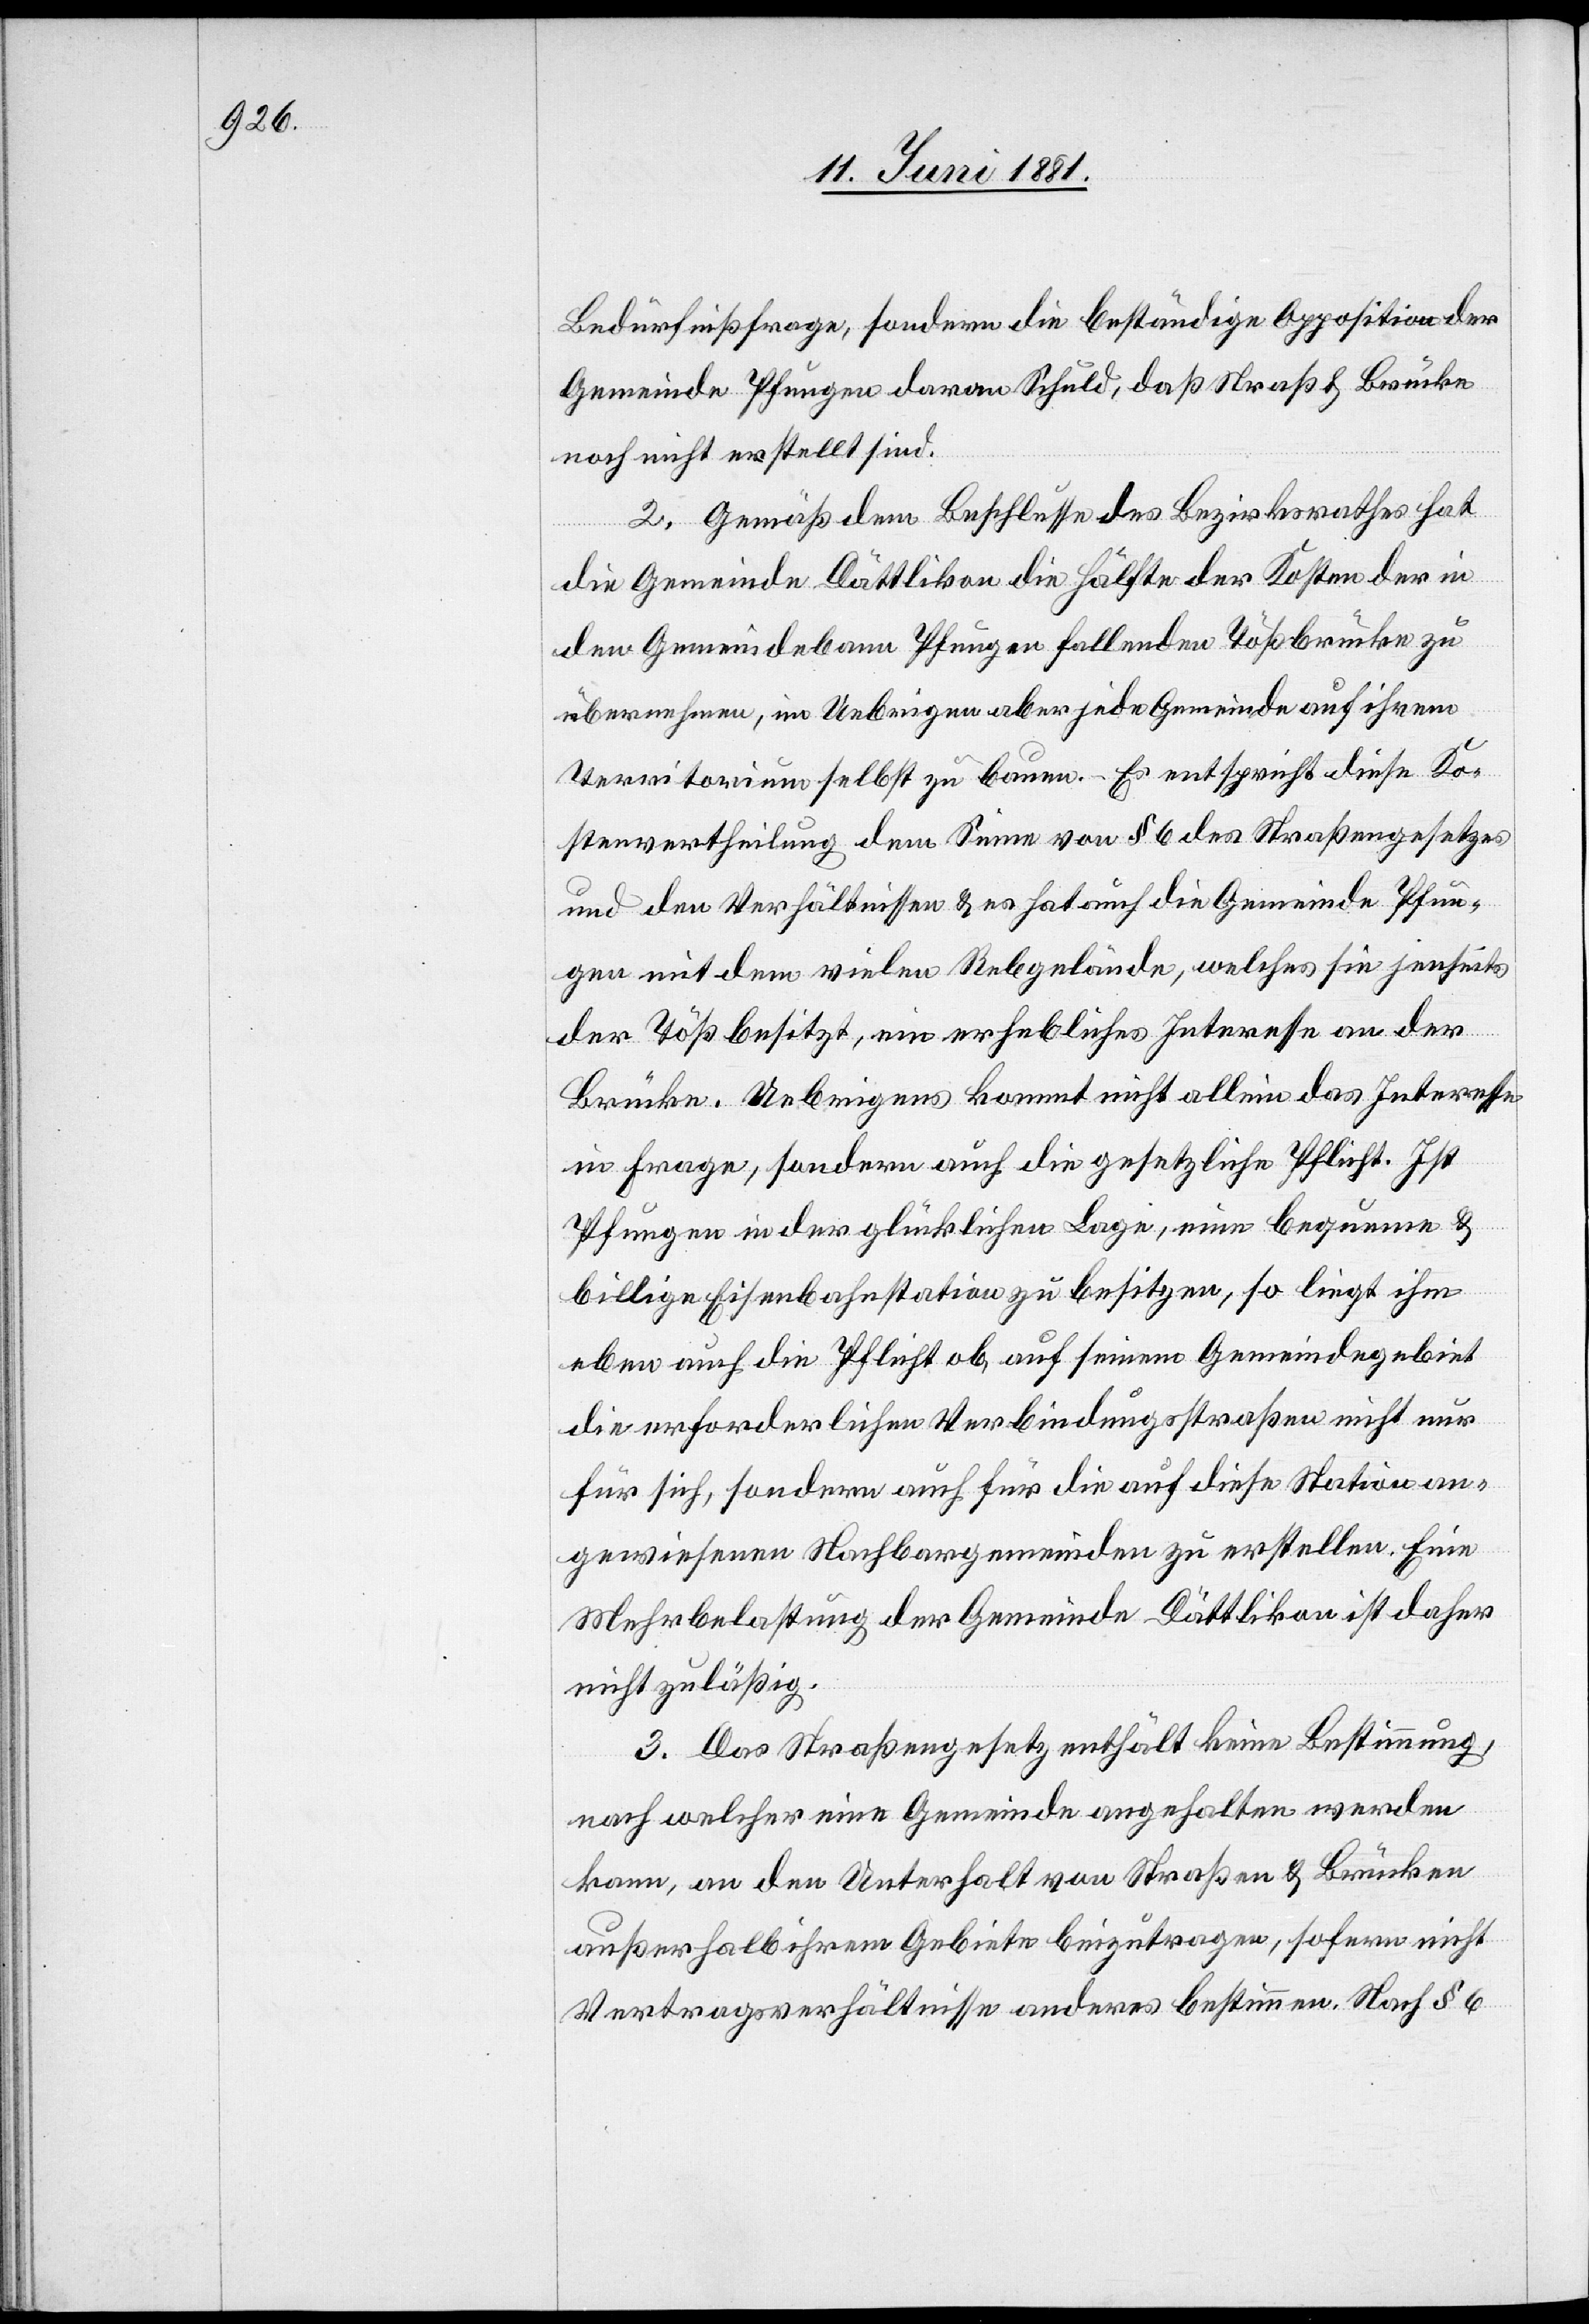
Bedürfnißfrage, sondern die beständige Opposition der
Gemeinde Pfungen daran Schuld, daß Straße & Brücke
noch nicht erstellt sind.
2. Gemäß dem Beschlusse des Bezirksrathes hat
die Gemeinde Dättlikon die Hälfte der Kosten der in
den Gemeindebann Pfungen fallenden Tößbrücken zu
übernehmen, im Uebrigen aber jede Gemeinde auf ihrem
Territorium selbst zu bauen. Es entspricht diese Ko¬
stenvertheilung dem Sinne von § 6 des Straßengesetzes
und den Verhältnissen & es hat auch die Gemeinde Pfun¬
gen mit dem vielen Rebgelände, welches sie jenseits
der Töß besitzt, ein erhebliches Interesse an der
Brücke. Uebrigens kommt nicht allein das Interesse
in Frage, sondern auch die gesetzliche Pflicht. Ist
Pfungen in der glücklichen Lage, eine bequeme &
billige Eisenbahnstation zu besitzen, so liegt ihm
eben auch die Pflicht ob, auf seinem Gemeindegebiet
die erforderlichen Verbindungsstraßen nicht nur
für sich, sondern auch für die auf diese Station an¬
gewiesenen Nachbargemeinden zu erstellen. Eine
Mehrbelastung der Gemeinde Dättlikon ist daher
nicht zuläßig.
3. Das Straßengesetz enthält keine Bestimmung,
nach welcher eine Gemeinde angehalten werden
kann, an den Unterhalt von Straßen & Brücken
außerhalb ihrem Gebiete beizutragen, sofern nicht
Vertragsverhältnisse anderes bestimmen. Nach § 6